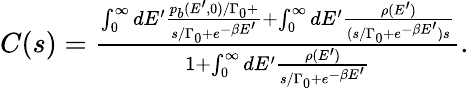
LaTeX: \begin{array}{r}{C(s)=\frac{\int_{0}^{\infty}dE^{\prime}\frac{p_{b}(E^{\prime},0)/\Gamma_{0}+}{s/\Gamma_{0}+e^{-\beta E^{\prime}}}+\int_{0}^{\infty}dE^{\prime}\frac{\rho(E^{\prime})}{(s/\Gamma_{0}+e^{-\beta E^{\prime}})s}}{1+\int_{0}^{\infty}dE^{\prime}\frac{\rho(E^{\prime})}{s/\Gamma_{0}+e^{-\beta E^{\prime}}}}.}\end{array}